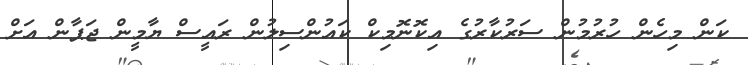
ކަން މިހެން ހުރުމުން ސަރުކާރުގެ އިކޮނޮމިކް ކައުންސިލުން ރައީސް ޔާމީން ޖަޕާން އަށް